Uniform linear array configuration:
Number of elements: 32
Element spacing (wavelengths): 0.5
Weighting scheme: hamming
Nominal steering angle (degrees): -60
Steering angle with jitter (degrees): -59.028
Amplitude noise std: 0.05
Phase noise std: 0.05

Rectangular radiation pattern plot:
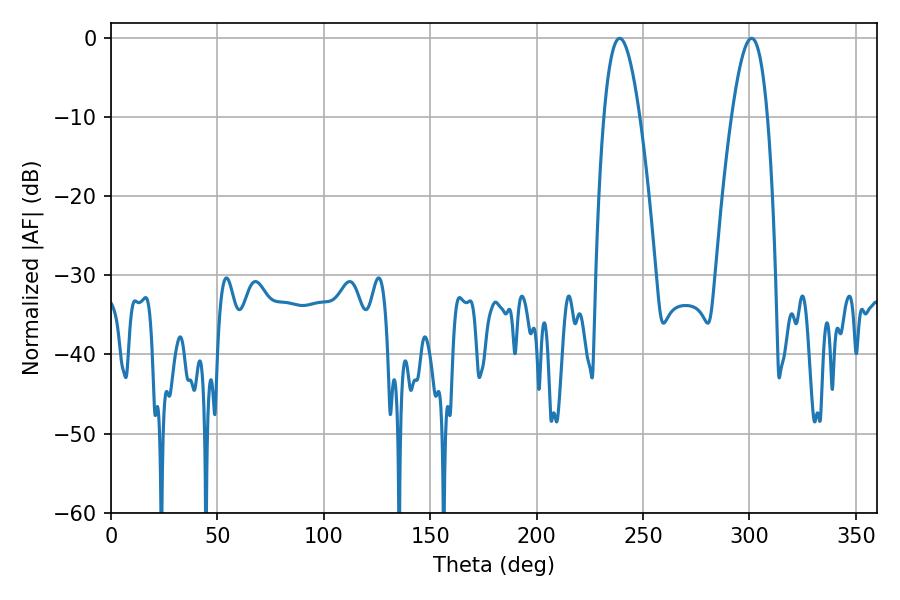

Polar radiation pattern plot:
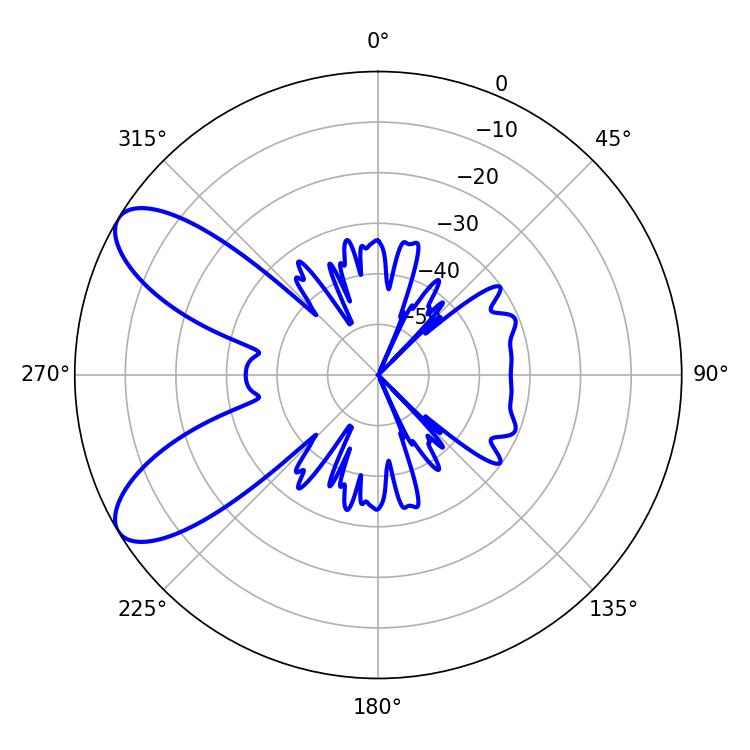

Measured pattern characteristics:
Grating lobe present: FALSE
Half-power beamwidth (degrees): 9.18
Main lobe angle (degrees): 239.04